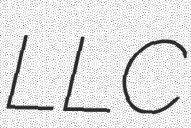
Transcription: LLC